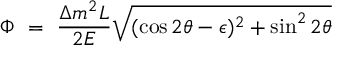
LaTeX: \Phi \ = \ \frac { \Delta m ^ { 2 } L } { 2 E } \sqrt { ( \cos 2 \theta - \epsilon ) ^ { 2 } + \sin ^ { 2 } 2 \theta }